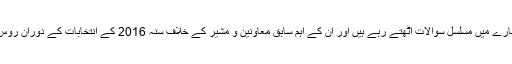
خیال رہے کہ ڈونلڈ ٹرمپ کے ماسکو سے تعلقات کے بارے میں مسلسل سوالات اٹھتے رہے ہیں اور ان کے اہم سابق معاونین و مشیر کے خلاف سنہ 2016 کے انتخابات کے دوران روس کے ساتھ مبینہ تعاون کے سلسلے میں جانچ جاری ہے۔